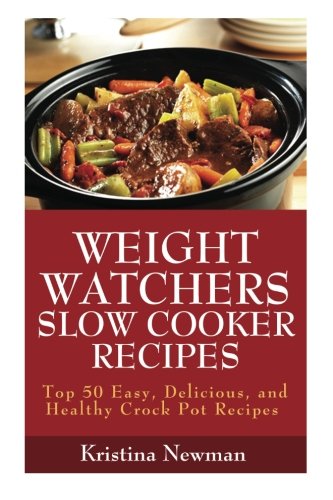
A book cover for Weight Watchers Recipes:  50 Weight Watcher Slow Cooker Recipes For  Quick & Easy, One Pot, Healthy Meals; Kristina Newman; Health, Fitness & Dieting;